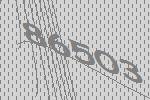
86503